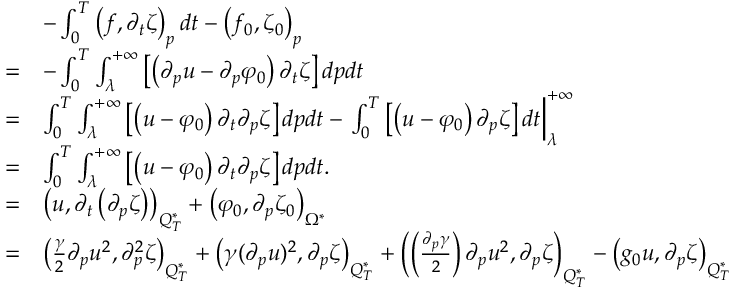
\begin{array} { r l } & { - \int _ { 0 } ^ { T } \left( f , \partial _ { t } \zeta \right) _ { p } d t - \left( f _ { 0 } , \zeta _ { 0 } \right) _ { p } } \\ { = } & { - \int _ { 0 } ^ { T } \int _ { \lambda } ^ { + \infty } \left[ \left( \partial _ { p } u - \partial _ { p } \varphi _ { 0 } \right) \partial _ { t } \zeta \right] d p d t } \\ { = } & { \int _ { 0 } ^ { T } \int _ { \lambda } ^ { + \infty } \left[ \left( u - \varphi _ { 0 } \right) \partial _ { t } \partial _ { p } \zeta \right] d p d t - \left. \int _ { 0 } ^ { T } \left[ \left( u - \varphi _ { 0 } \right) \partial _ { p } \zeta \right] d t \right| _ { \lambda } ^ { + \infty } } \\ { = } & { \int _ { 0 } ^ { T } \int _ { \lambda } ^ { + \infty } \left[ \left( u - \varphi _ { 0 } \right) \partial _ { t } \partial _ { p } \zeta \right] d p d t . } \\ { = } & { \left( u , \partial _ { t } \left( \partial _ { p } \zeta \right) \right) _ { Q _ { T } ^ { * } } + \left( \varphi _ { 0 } , \partial _ { p } \zeta _ { 0 } \right) _ { \Omega ^ { * } } } \\ { = } & { \left( \frac { \gamma } { 2 } \partial _ { p } u ^ { 2 } , \partial _ { p } ^ { 2 } \zeta \right) _ { Q _ { T } ^ { * } } + \left( \gamma ( \partial _ { p } u ) ^ { 2 } , \partial _ { p } \zeta \right) _ { Q _ { T } ^ { * } } + \left( \left( \frac { \partial _ { p } \gamma } { 2 } \right) \partial _ { p } u ^ { 2 } , \partial _ { p } \zeta \right) _ { Q _ { T } ^ { * } } - \left( g _ { 0 } u , \partial _ { p } \zeta \right) _ { Q _ { T } ^ { * } } } \end{array}